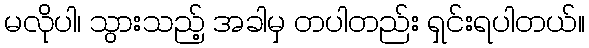
မလိုပါ၊ သွားသည့် အခါမှ တပါတည်း ရှင်းရပါတယ်။